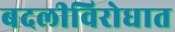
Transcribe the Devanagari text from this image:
बदलीविरोधात